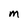
Character: m